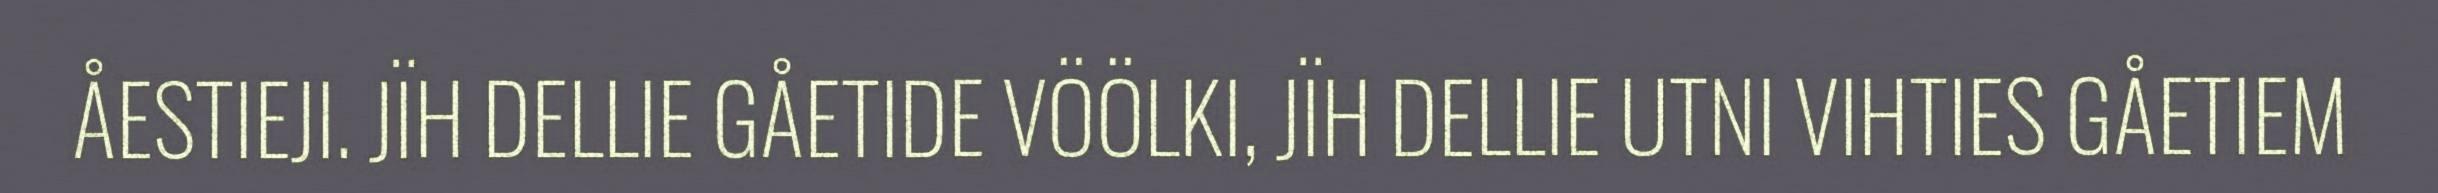
ÅESTIEJI. JÏH DELLIE GÅETIDE VÖÖLKI, JÏH DELLIE UTNI VIHTIES GÅETIEM